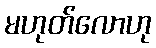
မဟုတ်လောဟု